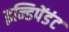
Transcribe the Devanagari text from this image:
इन्डिपेंडंट